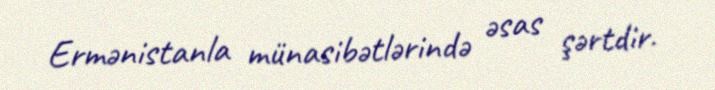
Ermənistanla münasibətlərində əsas şərtdir.